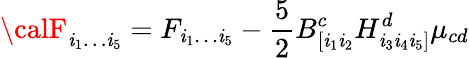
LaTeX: {\calF}_{\mathit{i}_{1}\dots\mathit{i}_{5}}=F_{\mathit{i}_{1}\dots\mathit{i}_{5}}-\frac{{5}}{{2}}B_{[\mathit{i}_{1}\mathit{i}_{2}}^{c}H_{\mathit{i}_{3}\mathit{i}_{4}\mathit{i}_{5}]}^{d}\mu_{cd}